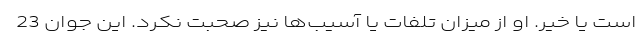
است یا خیر. او از میزان تلفات یا آسیب‌ها نیز صحبت نکرد. این جوان 23